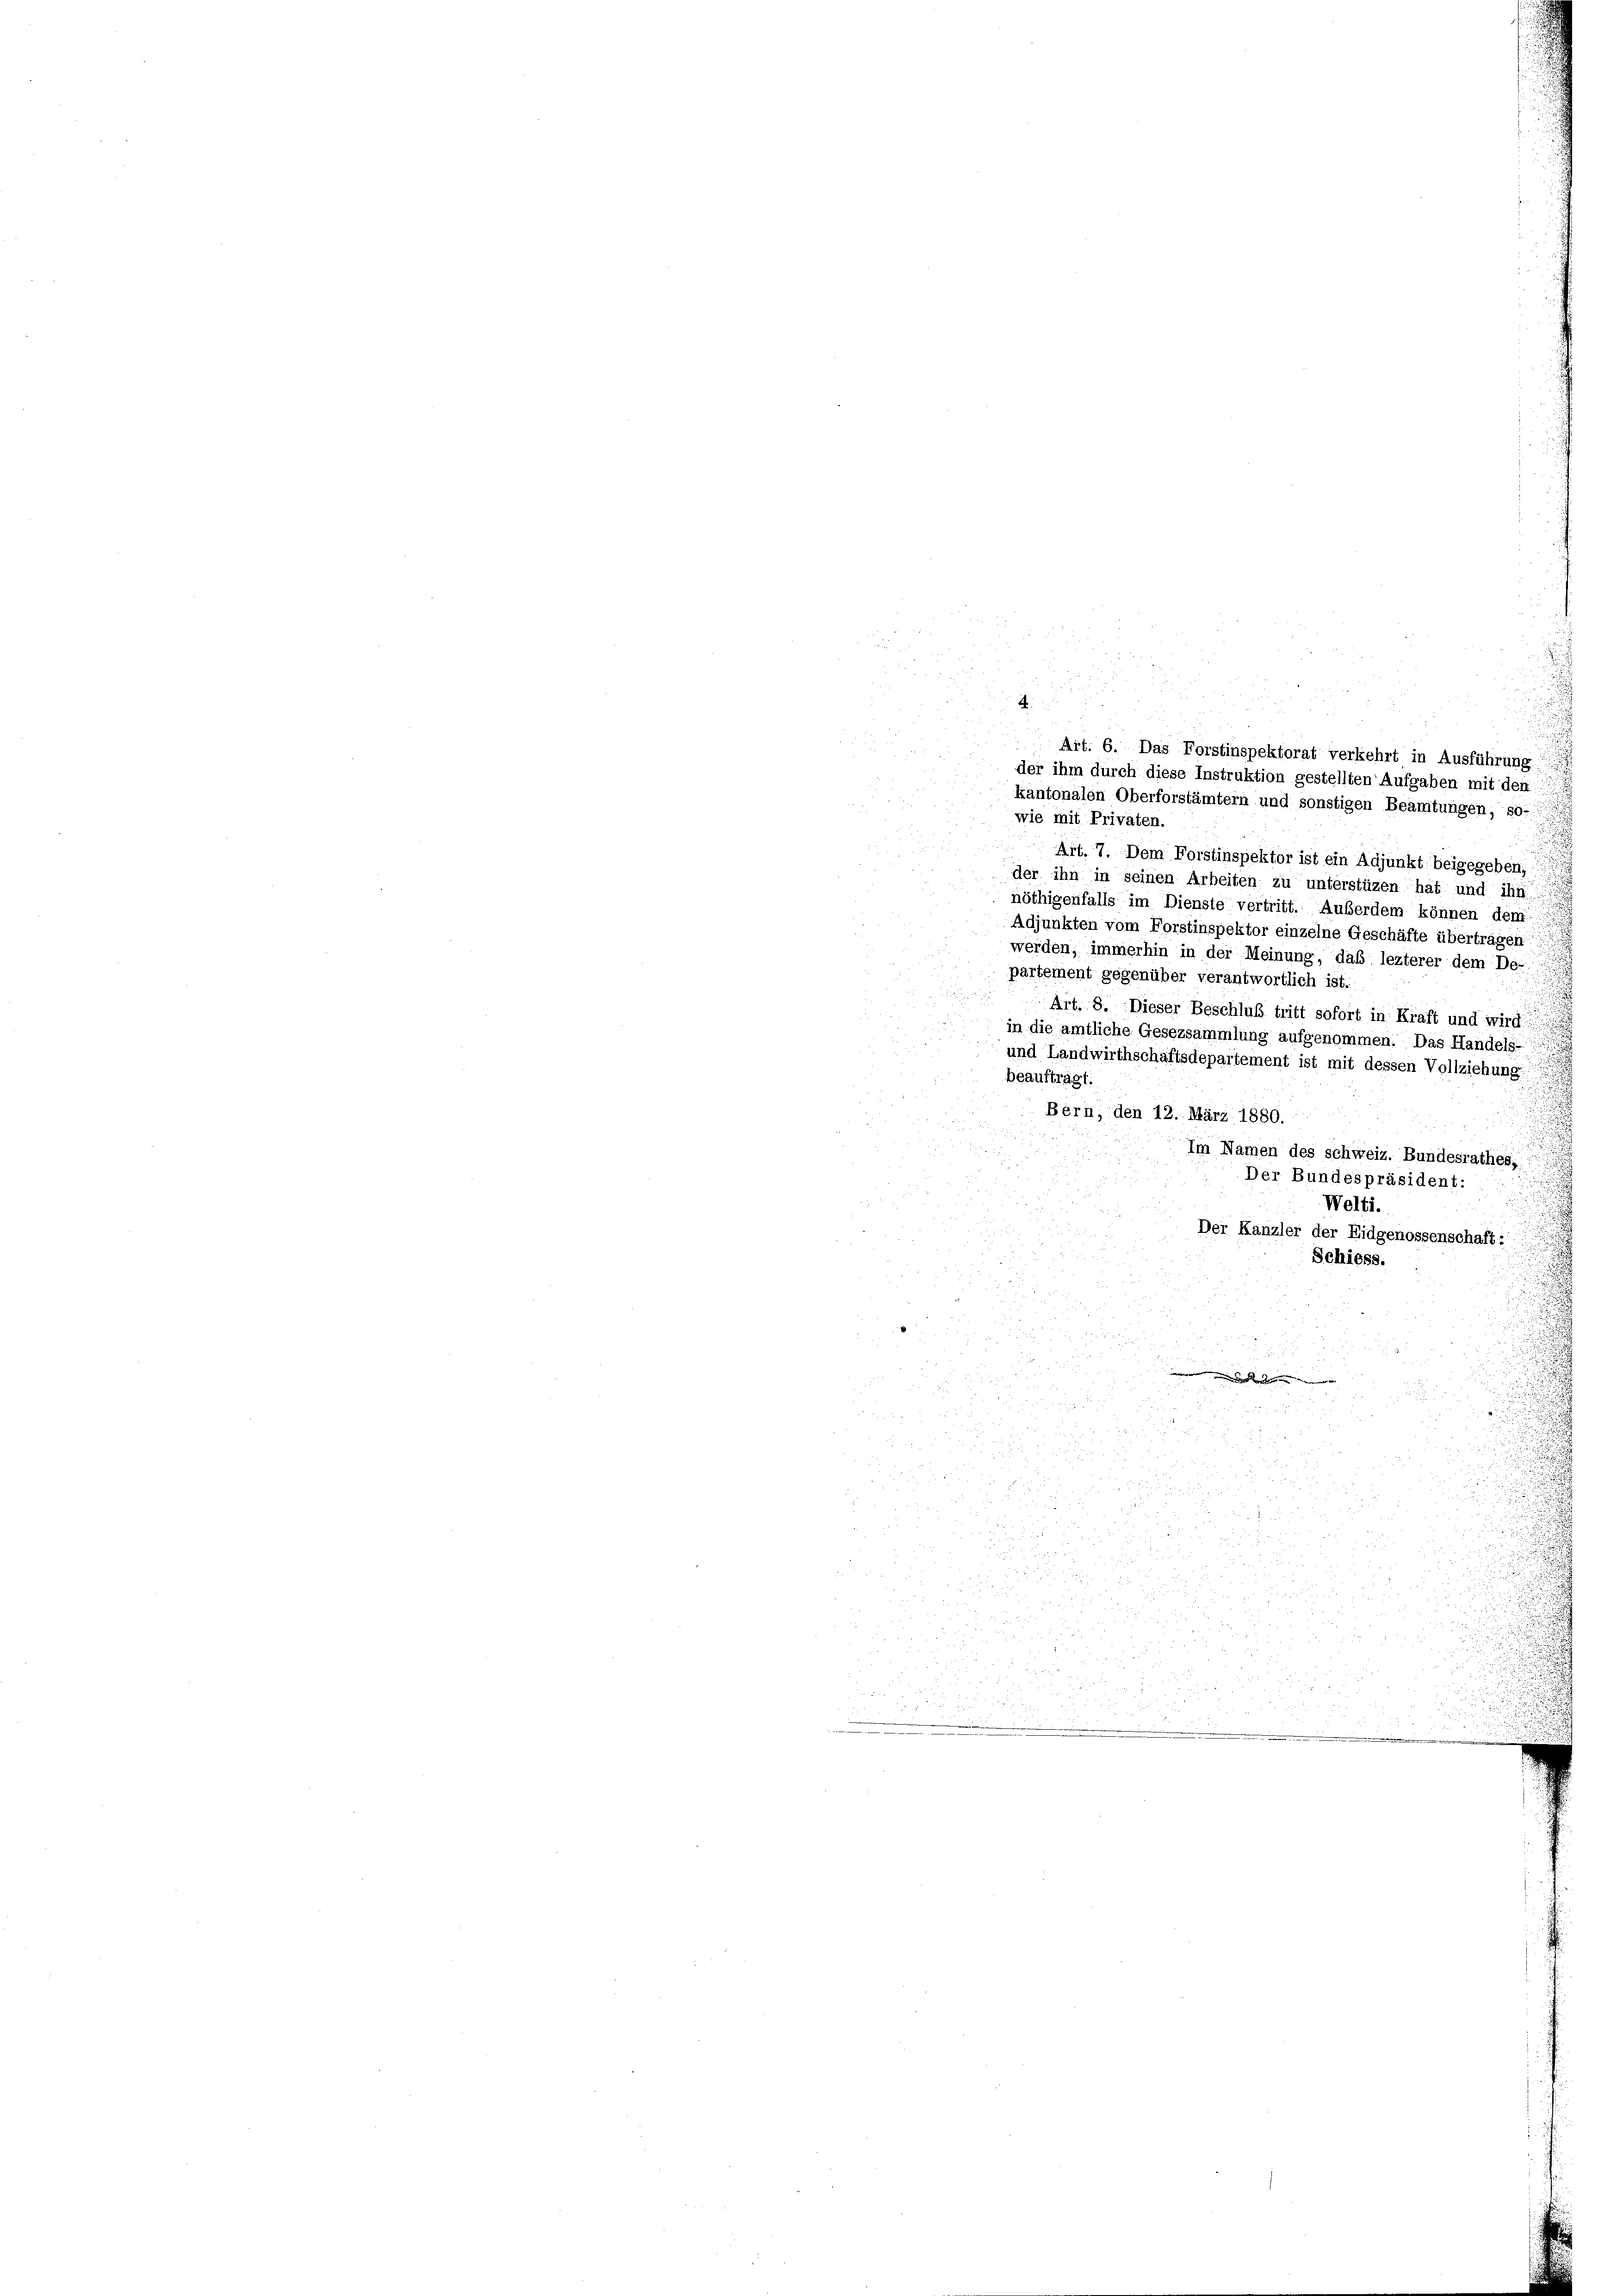
kantonalen Oberforstämtern und sonstigen Beamtungen, so-
wie mit Privaten.
Art. 7. Dem Forstinspektor ist ein Adjunkt beigegeben;
der ihn in seinen Arbeiten zu unterstüzen hat und ihr
nöthigenfalls im Dienste vertritt. Außerdem können dem
Adjunkten vom Forstinspektor einzelne Geschäfte übertragen
werden, immerhin in der Meinung, das lezterer dem De-
partement gegenüber verantwortlich ist.
Art. 8. Dieser Beschluß tritt sofort in Kraft und wird
in die amtliche Gesezsammlung aufgenommen. Das Handels-
und Landwirthschaftsdepartement ist mit dessen Vollziehung
beaufträgt.
Bern, den 12. März 1880.
Im Namen des schweiz. Bundesrathes,
Der Bundespräsident:
Welti.
d
Der Kanzler der Eidgenossenschaft:
Schiess.
.

u

 5

u
u

r
.

s

a

23 S.
u

2

   der

r

 0 f 8 x
d

u
0
7. 30.
Wider

Art. 6. Das Forstinspektorat verkehrt in Ausführung
der ihm durch diese Instruktion gestellten Aufgaben mit den

..............